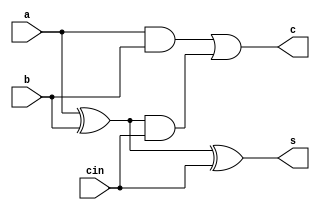
module fa(a,b,cin,s,c);

input a,b,cin;
output s,c;
reg sum,carry;

always@(a or b or cin) begin
    sum<=a^b;
    carry<=a&b;
end
assign s=(sum^cin);
assign c=(carry)|(sum&cin);

endmodule